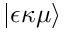
\left\vert \epsilon \kappa \mu \right\rangle